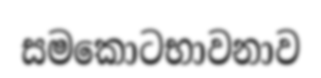
සමකොටභාවනාව